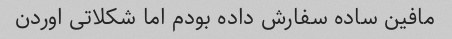
مافین ساده سفارش داده بودم اما شکلاتی اوردن